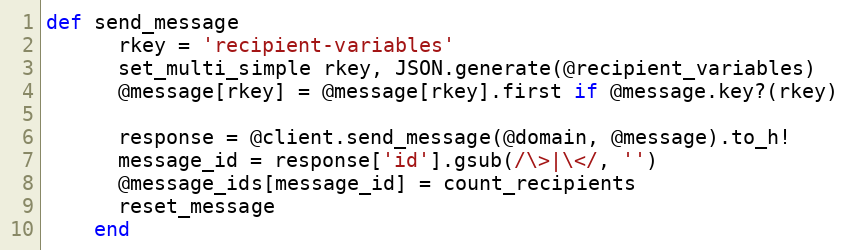
Language: Ruby
def send_message
      rkey = 'recipient-variables'
      set_multi_simple rkey, JSON.generate(@recipient_variables)
      @message[rkey] = @message[rkey].first if @message.key?(rkey)

      response = @client.send_message(@domain, @message).to_h!
      message_id = response['id'].gsub(/\>|\</, '')
      @message_ids[message_id] = count_recipients
      reset_message
    end